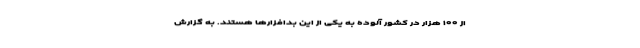
از ۱۰۰ هزار در کشور آلوده به یکی از این بدافزارها هستند. به گزارش